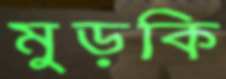
মুড়কি